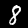
Digit: 8